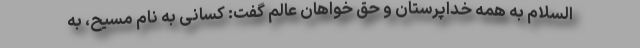
السلام به همه خداپرستان و حق خواهان عالم گفت: کسانی به نام مسیح، به